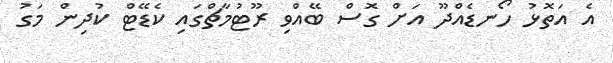
އެ އަތޮޅު ހޯނޑެއްދޫ އަށް ގޮސް ބޭއްވި ރޫޓުމާޗްގައި ކެޑޭޓް ކުދިން މަގު